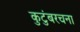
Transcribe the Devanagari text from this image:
कुटुंबरचना